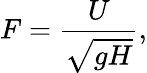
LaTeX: F=\frac{U}{\sqrt{gH}},